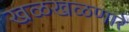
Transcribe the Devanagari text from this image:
खळखळणारे